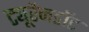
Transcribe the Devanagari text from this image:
ट्यूरैनडॉट